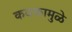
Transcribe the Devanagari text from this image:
कवकामुळे